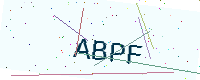
Text: ABPF